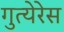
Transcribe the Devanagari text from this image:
गुत्येरेस